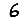
Digit: 6